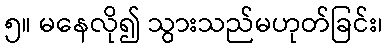
၅။ မနေလို၍ သွားသည်မဟုတ်ခြင်း၊